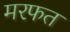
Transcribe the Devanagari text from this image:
मरफत